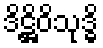
ဒိဋ္ဌိဝိသုဒ္ဓိ